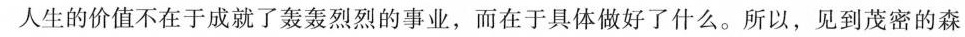
人生的价值不在于成就了轰轰烈烈的事业，而在于具体做好了什么。所以，见到茂密的森林，你只要无愧地做森